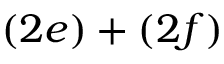
( 2 e ) + ( 2 f )